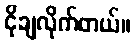
ငိုချလိုက်တယ်။